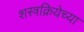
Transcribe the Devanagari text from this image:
शस्त्रक्रियेच्या